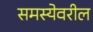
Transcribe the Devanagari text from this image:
समस्येवरील